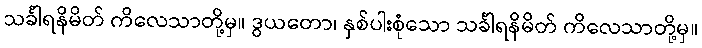
သင်္ခါရနိမိတ် ကိလေသာတို့မှ။ ဒွယတော၊ နှစ်ပါးစုံသော သင်္ခါရနိမိတ် ကိလေသာတို့မှ။